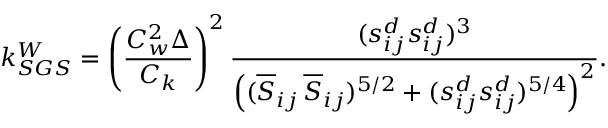
k _ { S G S } ^ { W } = \left( \frac { C _ { w } ^ { 2 } \Delta } { C _ { k } } \right) ^ { 2 } \frac { ( s _ { i j } ^ { d } s _ { i j } ^ { d } ) ^ { 3 } } { \left( ( \overline { { S } } _ { i j } \, \overline { { S } } _ { i j } ) ^ { 5 / 2 } + ( s _ { i j } ^ { d } s _ { i j } ^ { d } ) ^ { 5 / 4 } \right) ^ { 2 } } .